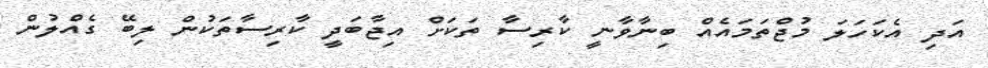
އަދި އެކަހަލަ މުޖްތަމައެއް ބިނާވާނީ ކާރިސާ ތަކަށް އިޖާބަދީ ކާރިސާތަކުން ލިބޭ ގެއްލުން